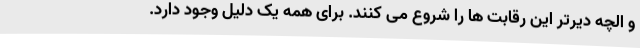
و الچه دیرتر این رقابت ها را شروع می کنند. برای همه یک دلیل وجود دارد.